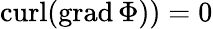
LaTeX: \mathrm{curl}(\mathrm{grad}\, \Phi))=0